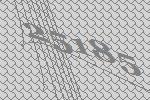
25185